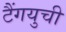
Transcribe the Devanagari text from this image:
टैंगयुची